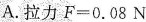
A.拉力$$F = 0 . 0 8 N$$